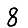
Digit: 8